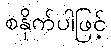
စနိုက်ပါဖြင့်